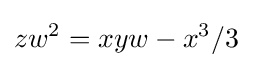
zw^{2}=xyw-x^{3}/3\